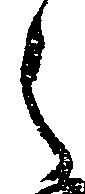
之